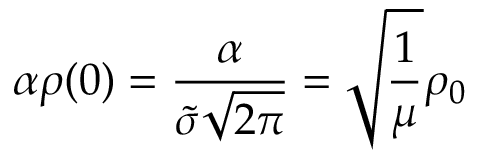
\alpha \rho ( 0 ) = \frac { \alpha } { \widetilde { \sigma } \sqrt { 2 \pi } } = \sqrt { \frac { 1 } { \mu } } \rho _ { 0 }